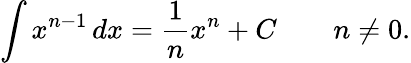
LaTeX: \int x^{n-1}\, dx={\frac{1}{n}}x^{n}+C\qquad n\neq 0.